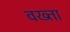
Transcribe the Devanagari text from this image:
वख्‍ता